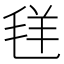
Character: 𱻋